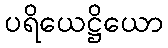
ပရိယေဋ္ဌိယော